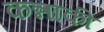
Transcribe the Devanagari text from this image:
कन्नाकी